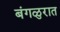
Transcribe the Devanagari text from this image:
बंगळुरात